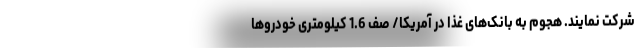
شرکت نمایند. هجوم به بانک‌های غذا در آمریکا/ صف 1.6 کیلومتری خودروها